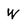
Character: W